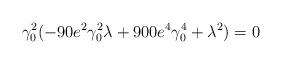
LaTeX: \begin{align*}\gamma_0^2(-90e^2\gamma_0^2\lambda+900e^4\gamma_0^4+\lambda^2)=0\end{align*}